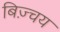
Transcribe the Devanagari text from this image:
बिज़्चय